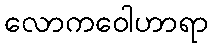
လောကဝေါဟာရာ